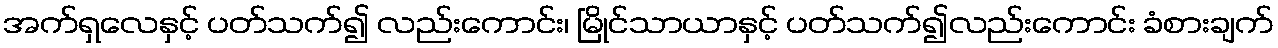
အက်ရှလေနှင့် ပတ်သက်၍ လည်းကောင်း၊ မြိုင်သာယာနှင့် ပတ်သက်၍လည်းကောင်း ခံစားချက်